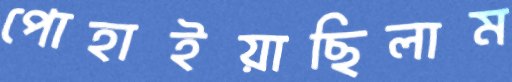
পোহাইয়াছিলাম